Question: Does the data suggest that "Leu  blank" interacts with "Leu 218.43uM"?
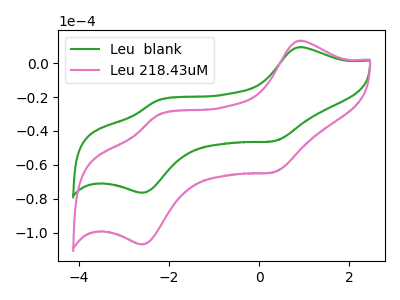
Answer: <think>The green curve "Leu  blank" has anodic peaks at (0.90V, 9.50uA) (-2.25V, -21.90uA) and cathodic peaks at (0.35V, -45.90uA) (-2.60V, -76.50uA). The pink curve "Leu 218.43uM" has anodic peaks at (0.90V, 13.30uA) (-2.25V, -30.60uA) and cathodic peaks at (0.35V, -64.20uA) (-2.60V, -107.00uA).
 All the peaks in "Leu  blank" have a peak in "Leu 218.43uM" at the same potential.</think>
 <answer>No, "Leu  blank" and "Leu 218.43uM" don't appear to be significantly different in shape</answer>
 <eval>no_change</eval>